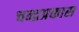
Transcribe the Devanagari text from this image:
चन्द्रप्रकास